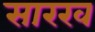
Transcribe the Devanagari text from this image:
सारख